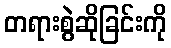
တရားစွဲဆိုခြင်းကို